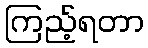
ကြည့်ရတာ